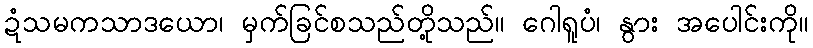
ဍံသမကသာဒယော၊ မှက်ခြင်စသည်တို့သည်။ ဂေါရူပံ၊ နွား အပေါင်းကို။